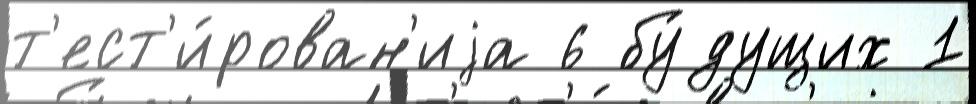
т'ест'и́рован'иjа 6 бу́дущих 1